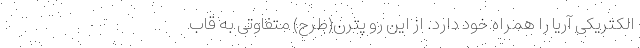
الکتریکی آریا را همراه خود دارد. از این رو پترن(طرح) متفاوتی به قاب